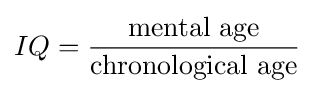
IQ={\frac {\text{mental age}}{\text{chronological age}}}